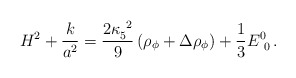
\begin{align*}H^2 +{k \over a^2} = {2 \kappa_5^{~2} \over 9}\left(\rho_\phi + \Delta\rho_\phi\right) + {1\over 3}E^0_{~0}\,.\end{align*}